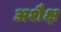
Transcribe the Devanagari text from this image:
अशैक्ष